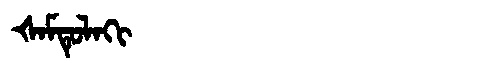
Manchu: ᡧᠠᠮᡨᡠᠯᠠᡴᡳ
Romanization: ŠAMTULAKI